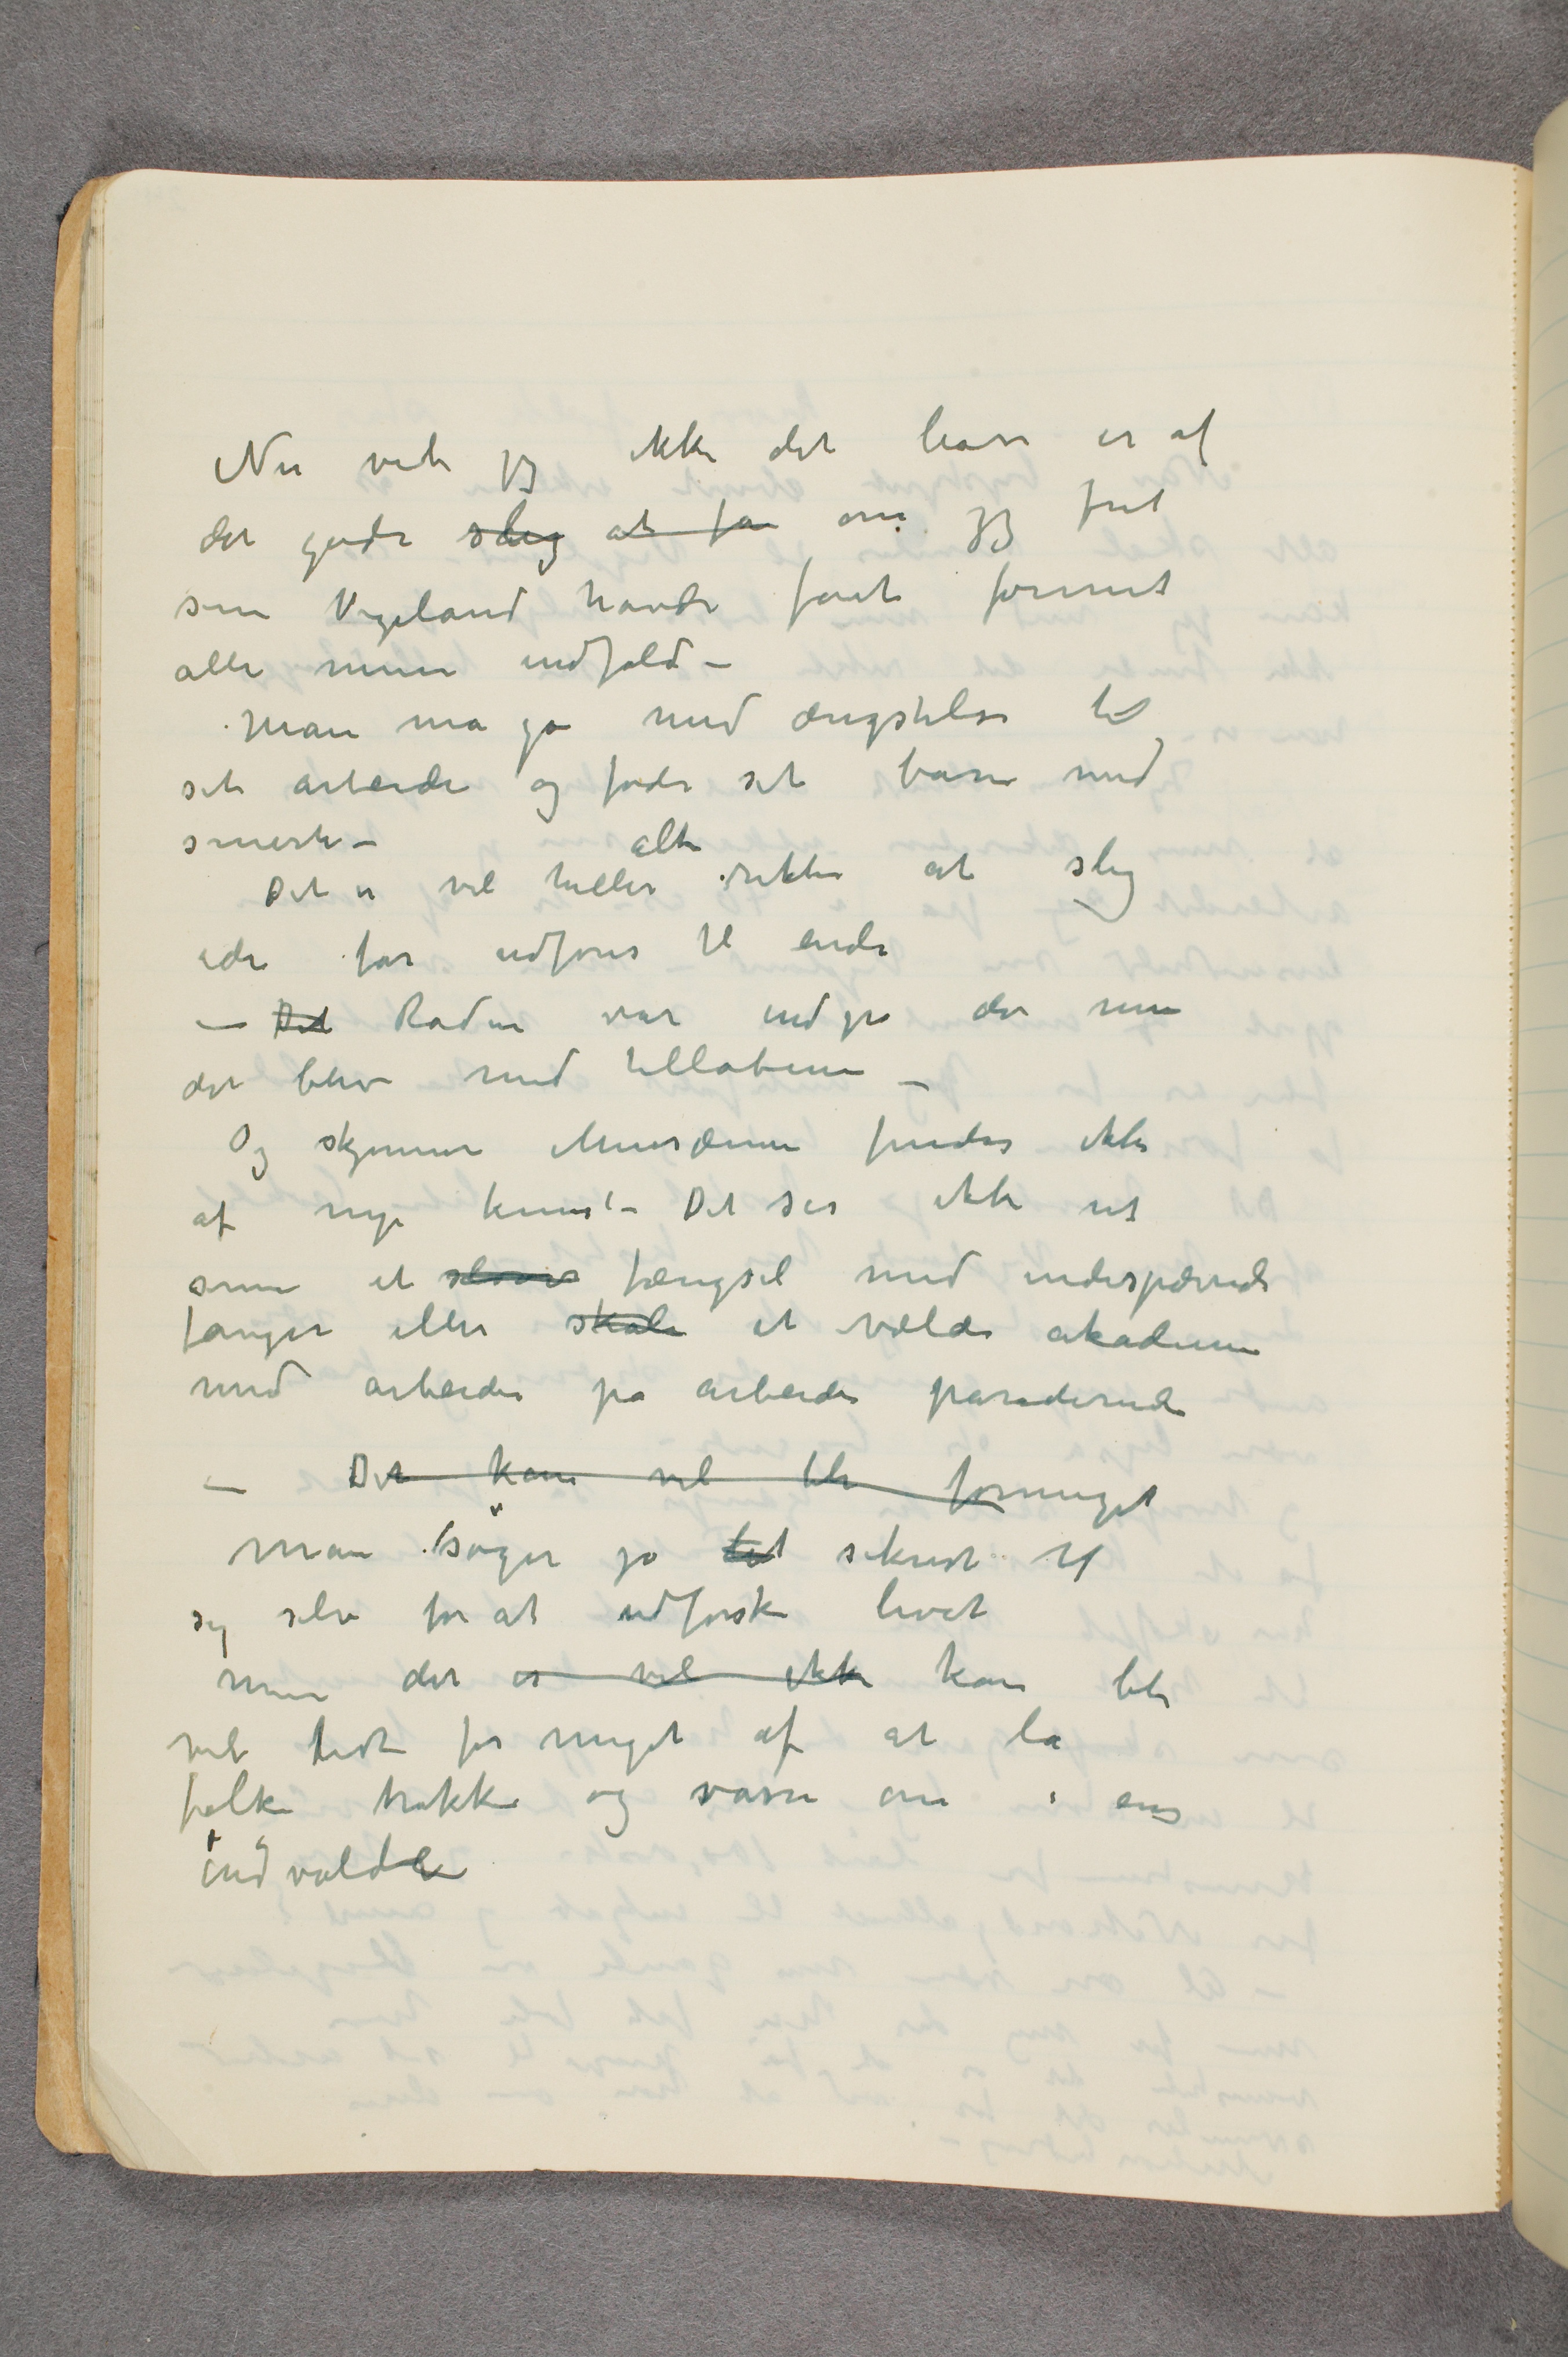
Nu vet jeg ikke det bare er af
det gode slig at få om jeg frit
som Vigeland havde fået formet
alle mine indfald –
Man må gå med ængstelse til
sit arbeide og føde sit barn med
smerte –
 Det er vel heller alti rikti at slig
ide får udføres til ende
– Det Rodin var indpå det men
det blev med tilløbene –
Og skjønnere Musæum findes ikke
af ny kunst – Det ser ikke ut
som et større fængsel med indespærrede
fanger eller skole et vældi akademi
med arbeider på arbeider paraderende
– Det kan vel bli formeget
Man søger jo til sikrest til
sig selv for at udforske livet
men det er vel ikke kan bli
vel lidt for meget af at la
folk trakke og vasse om i ens
indvolde